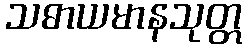
သဓာယမာနသုတ္တ